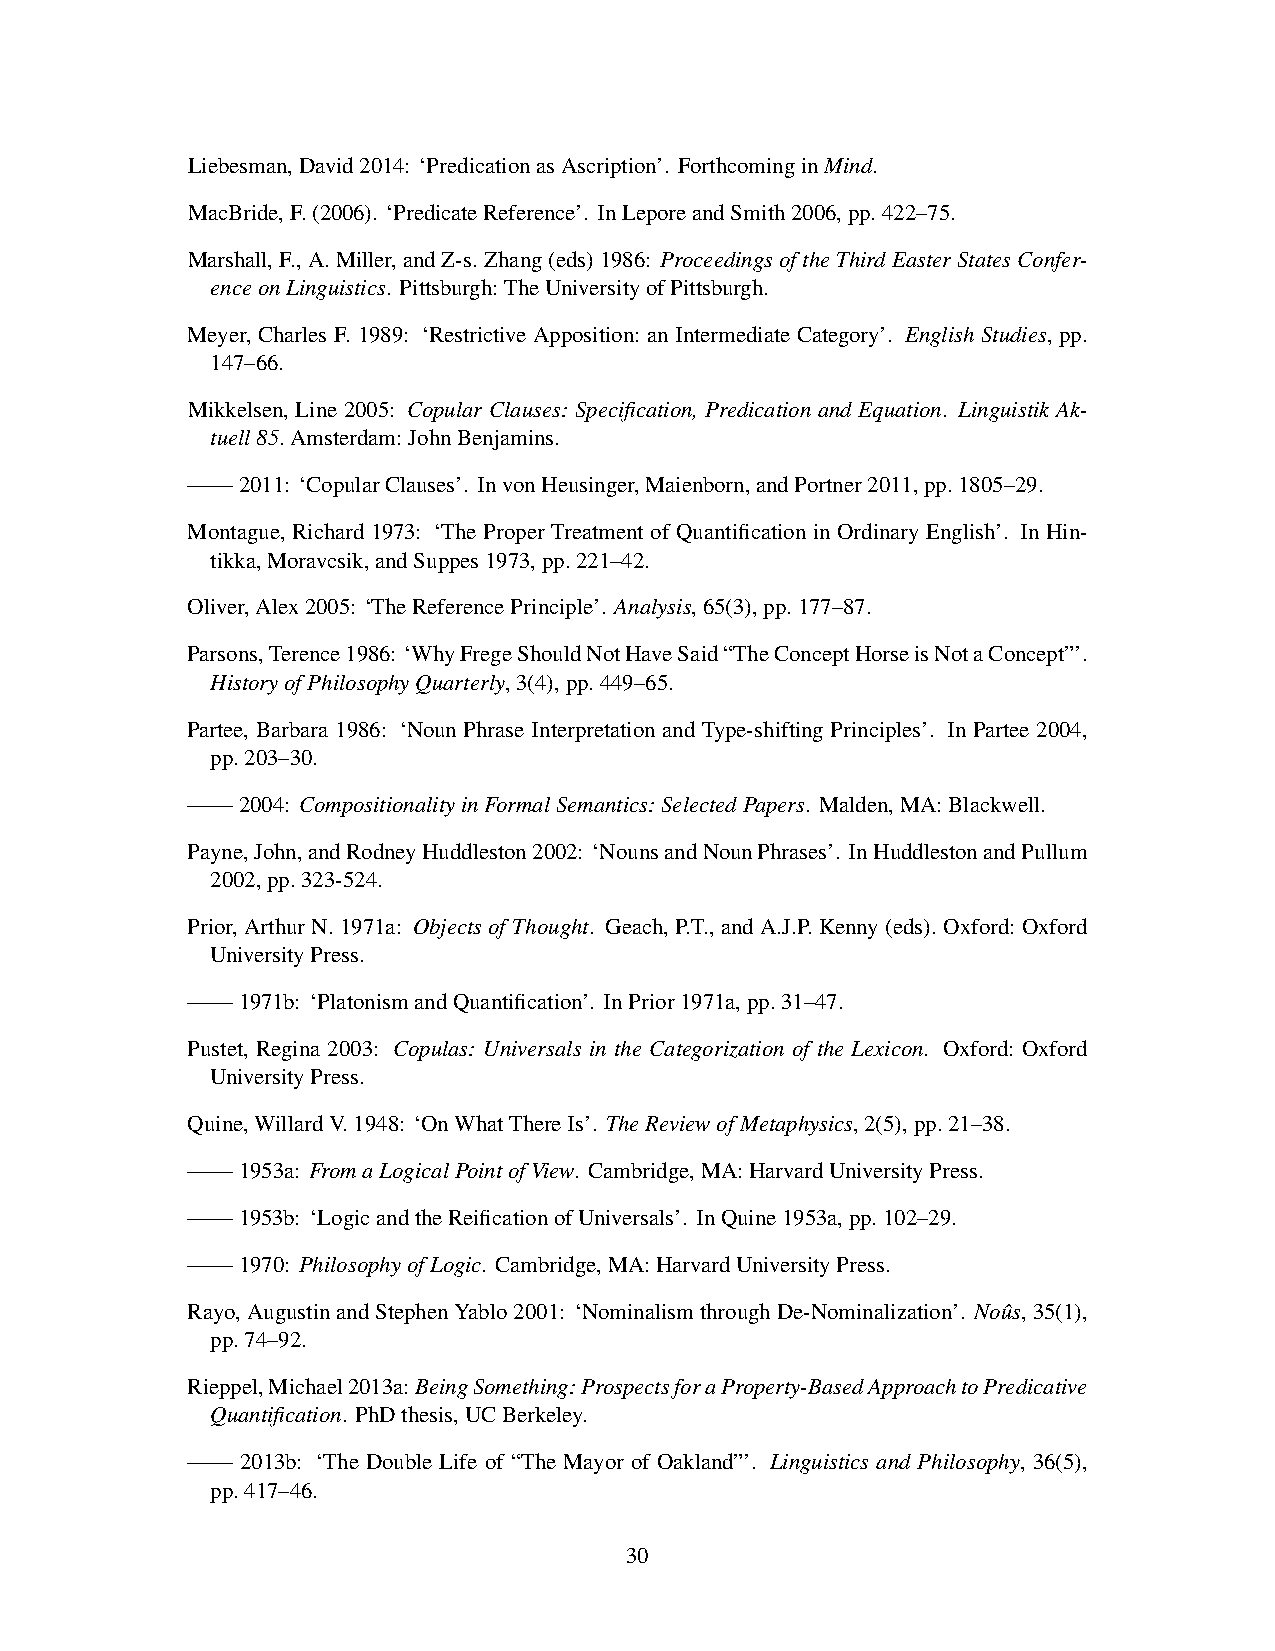
Liebesman,David2014: ‘PredicationasAscription’. ForthcominginMind.
 MacBride,F.(2006). ‘PredicateReference’. InLeporeandSmith2006,pp.422–75.
 Marshall,F.,A.Miller,andZ-s.Zhang(eds)1986: ProceedingsoftheThirdEasterStatesConfer-
 enceonLinguistics. Pittsburgh:TheUniversityofPittsburgh.
 Meyer, Charles F. 1989: ‘Restrictive Apposition: an Intermediate Category’. English Studies, pp.
 147–66.
 Mikkelsen, Line 2005: Copular Clauses: Specification, Predication and Equation. Linguistik Ak-
 tuell85.Amsterdam:JohnBenjamins.
 ——2011: ‘CopularClauses’. InvonHeusinger,Maienborn,andPortner2011,pp.1805–29.
 Montague, Richard 1973: ‘The Proper Treatment of Quantification in Ordinary English’. In Hin-
 tikka,Moravcsik,andSuppes1973,pp.221–42.
 Oliver,Alex2005: ‘TheReferencePrinciple’. Analysis,65(3),pp.177–87.
 Parsons,Terence1986: ‘WhyFregeShouldNotHaveSaid“TheConceptHorseisNotaConcept”’.
 HistoryofPhilosophyQuarterly,3(4),pp.449–65.
 Partee, Barbara 1986: ‘Noun Phrase Interpretation and Type-shifting Principles’. In Partee 2004,
 pp.203–30.
 ——2004: CompositionalityinFormalSemantics:SelectedPapers. Malden,MA:Blackwell.
 Payne,John,andRodneyHuddleston2002: ‘NounsandNounPhrases’. InHuddlestonandPullum
 2002,pp.323-524.
 Prior, Arthur N. 1971a: Objects of Thought. Geach, P.T., and A.J.P. Kenny (eds). Oxford: Oxford
 UniversityPress.
 ——1971b: ‘PlatonismandQuantification’. InPrior1971a,pp.31–47.
 Pustet, Regina 2003: Copulas: Universals in the Categorization of the Lexicon. Oxford: Oxford
 UniversityPress.
 Quine,WillardV.1948: ‘OnWhatThereIs’. TheReviewofMetaphysics,2(5),pp.21–38.
 ——1953a: FromaLogicalPointofView. Cambridge,MA:HarvardUniversityPress.
 ——1953b: ‘LogicandtheReificationofUniversals’. InQuine1953a,pp.102–29.
 ——1970: PhilosophyofLogic. Cambridge,MA:HarvardUniversityPress.
 Rayo,AugustinandStephenYablo2001: ‘NominalismthroughDe-Nominalization’. Nouˆs,35(1),
 pp.74–92.
 Rieppel,Michael2013a:BeingSomething:ProspectsforaProperty-BasedApproachtoPredicative
 Quantification. PhDthesis,UCBerkeley.
 ——  2013b: ‘The Double Life of “The Mayor of Oakland”’. Linguistics and Philosophy, 36(5),
 pp.417–46.
 30